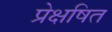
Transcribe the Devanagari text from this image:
प्रेक्षषित